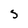
Character: S